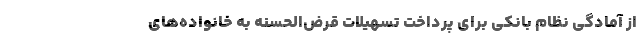
از آمادگی نظام بانکی برای پرداخت تسهیلات قرض‌الحسنه به خانواده‌های